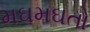
મઘમઘતો